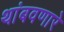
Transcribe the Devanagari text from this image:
थांबवणारे